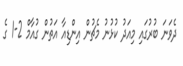
ދެވަނަ ބުރުގައި މިއަދު ކުޅުނު މެޗުން އިންޑިއާ އަތުން ގުއާމް 2-1 ގެ